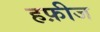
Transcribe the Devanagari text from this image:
हफ़ीज